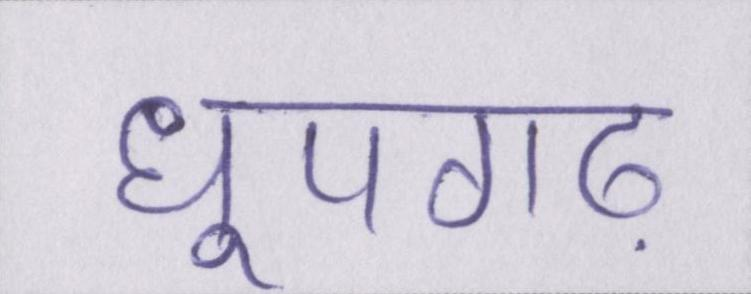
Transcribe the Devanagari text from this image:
धूपगढ़